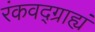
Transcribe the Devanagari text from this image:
रंकवद्ग्राह्यं